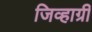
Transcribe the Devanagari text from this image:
जिव्हाग्री